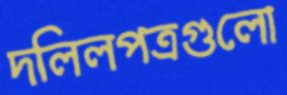
দলিলপত্রগুলো